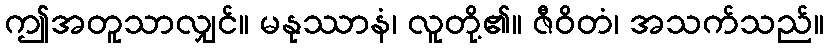
ဤအတူသာလျှင်။ မနုဿာနံ၊ လူတို့၏။ ဇီဝိတံ၊ အသက်သည်။